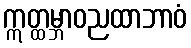
ဣတ္ထမ္ဘာဝညထာဘာဝံ